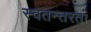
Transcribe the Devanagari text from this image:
स्वतन्तरता